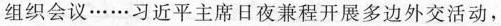
组织会议……习近平主席日夜兼程开展多边外交活动，